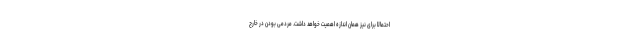
احتمالاً برای نیز همان اندازه اهمیت خواهد داشت. مردمی بودن در خارج